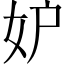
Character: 妒